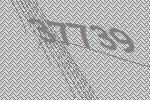
37739